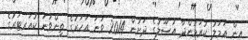
އިން ޢަމަލު ކުރަމުންދާ އުސޫލުގެ ދަށުން 2014 ވަނަ އަހަރުގެ ތިންވަނަ ކުއަރޓަރުގެ